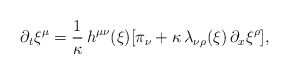
\begin{align*}\partial_t \xi^\mu = \frac{1}{\kappa} \, h^{\mu \nu}(\xi) [\pi_\nu +\kappa \, \lambda_{\nu \rho}(\xi) \, \partial_x \xi^\rho],\end{align*}